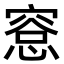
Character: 𪬛